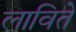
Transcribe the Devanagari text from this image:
लाविते